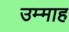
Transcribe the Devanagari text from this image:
उम्माह